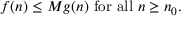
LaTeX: f ( n ) \leq M g ( n ) { \mathrm { ~ f o r ~ a l l ~ } } n \geq n _ { 0 } .